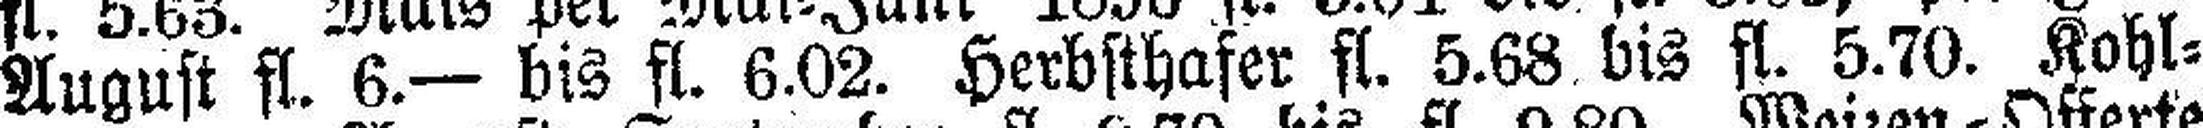
August fl. 6.— bis fl. 6.02. Herbsthafer fl. 5.68 bis fl. 5.70. Kohl¬